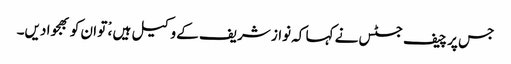
جس پر چیف جسٹس نے کہا کہ نواز شریف کے وکیل ہیں ،ْ تو ان کو بھجوا دیں۔